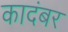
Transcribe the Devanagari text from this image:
कादंबर